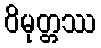
ဝိမုတ္တဿ